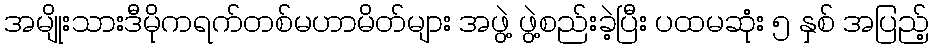
အမျိုးသားဒီမိုကရက်တစ်မဟာမိတ်များ အဖွဲ့ ဖွဲ့စည်းခဲ့ပြီး ပထမဆုံး ၅ နှစ် အပြည့်